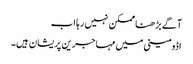
آگے بڑھنا ممکن نہیں رہا اب
اڈومینی میں مہاجرین پریشان ہیں۔